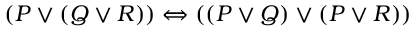
( P \lor ( Q \lor R ) ) \Leftrightarrow ( ( P \lor Q ) \lor ( P \lor R ) )